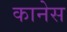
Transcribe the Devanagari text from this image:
कानेस